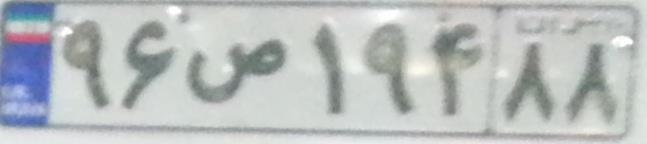
۹۶ص۱۹۴۸۸